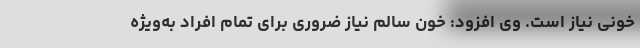
خونی نیاز است. وی افزود: خون سالم نیاز ضروری برای تمام افراد به‌ویژه